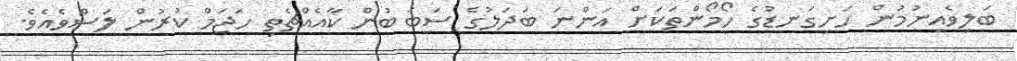
ބަލިވެއިނުމުން ހަށިގަނޑުގެ ހޯމޯންތަކަށް އަންނަ ބަދަލުގެ ސަބަބުން ކާއެއްޗެތި ހަޖަމް ކުރުން ލަސްވެއެވެ.